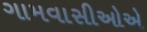
ગામવાસીઓએ